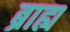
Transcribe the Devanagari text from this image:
ब्राह्य